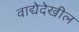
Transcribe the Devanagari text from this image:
वाद्येदेखील